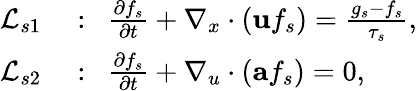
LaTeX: \begin{array}{rl}{\mathcal{L}_{s1}}&{{}:~~\frac{\partial f_{s}}{\partial t}+\nabla_{x}\cdot\left(\textbf{u}f_{s}\right)=\frac{g_{s}-f_{s}}{\tau_{s}},}\\ {\mathcal{L}_{s2}}&{{}:~~\frac{\partial f_{s}}{\partial t}+\nabla_{u}\cdot\left(\textbf{a}f_{s}\right)=0,}\end{array}